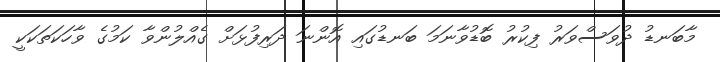
މާބަނޑު ދުވަސްވަރު ފިކުރު ބޮޑުވާނަމަ ބަނޑުގައި އޮންނަ ދަރިފުޅަށް ގެއްލުންވާ ކަމުގެ ވާހަކަތަކަކީ